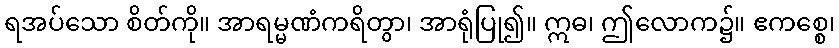
ရအပ်သော စိတ်ကို။ အာရမ္မဏံကရိတွာ၊ အာရုံပြု၍။ ဣဓ၊ ဤလောက၌။ ဧကစ္စေ၊